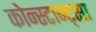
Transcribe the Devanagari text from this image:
कोन्स्टान्ट्सा